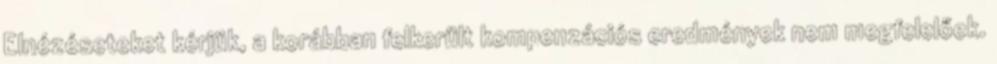
Elnézéseteket kérjük, a korábban felkerült kompenzációs eredmények nem megfelelőek.